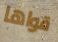
قواها